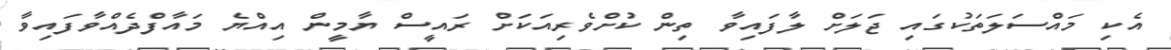
އެކި މައްސަލަތަކުގައި ޖަލަށް ލާފައިވާ ތިން ކުށްވެރިއަކަށް ރައީސް ޔާމީން އިއްޔެ މައާފްދެއްވާފައިވާ